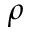
\rho